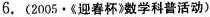
6. (2005 · 《迎春杯》数学科普活动)